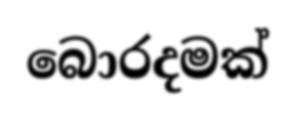
බොරදමක්